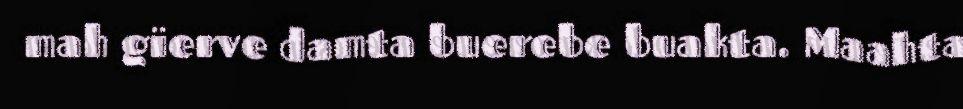
mah gïerve damta buerebe buakta. Maahta